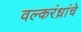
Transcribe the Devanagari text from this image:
वल्करंध्रांचे